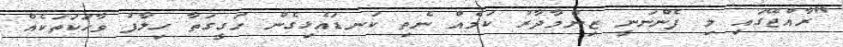
"ރާއްޖޭގައި މި ފެންނަނީ ޒިންމާދާރު ކަމެއް ނެތި ކަނޑައެޅިގެން ހަގީގަތާ ހިލާފު ވާހަކަތަކެއް